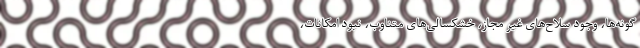
گونه‌ها، وجود سلاح‌های غیر مجاز، خشکسالی‌های متناوب، نبود امکانات،